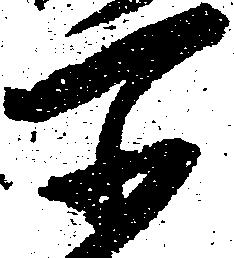
所